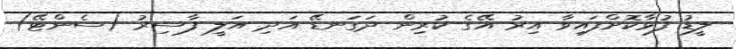
ލީޑު ފުޅާކޮށްފައިވާ އިރު އޭގެ ކުރިން ދަގަނޑޭ އަދި އަލީ ފާސިރު (ސެންޓޭ)